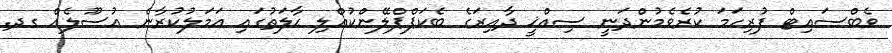
ވެބްސައިޓް ފުރިހަމަ ކުރެވެމުންދަނީ ސިއްޚީ ދާއިރަގެ ބެކަޕްޕްލޭންކުއްލި ޙާލަތުގައި ޢަމަލުކުރާނެ އުސޫލެއް ގދ.